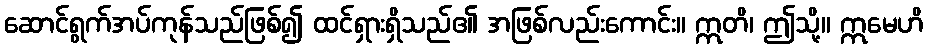
ဆောင်ရွက်အပ်ကုန်သည်ဖြစ်၍ ထင်ရှားရှိသည်၏ အဖြစ်လည်းကောင်း။ ဣတိ၊ ဤသို့။ ဣမေဟိ